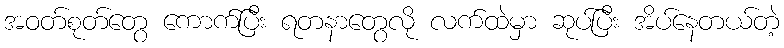
အဝတ်စုတ်တွေ ကောက်ပြီး ရတနာတွေလို လက်ထဲမှာ ဆုပ်ပြီး အိပ်နေတယ်တဲ့